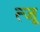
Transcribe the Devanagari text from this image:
त्जू